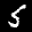
Label: 5